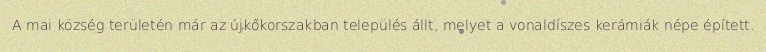
A mai község területén már az újkőkorszakban település állt, melyet a vonaldíszes kerámiák népe épített.